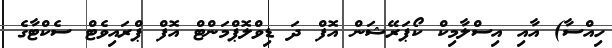
ހިއްސާ) އާއި އިސްލާމިކް ކޯޕަރޭޝަން އޮފް ދަ ޑިވްލޮޕްމަންޓް އޮފް ޕްރައިވެޓް ސެކްޓާގެ